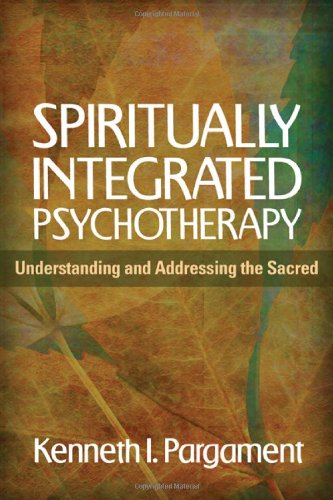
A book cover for Spiritually Integrated Psychotherapy: Understanding and Addressing the Sacred; Kenneth I. Pargament; Christian Books & Bibles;